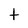
Character: t